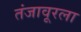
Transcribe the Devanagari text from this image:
तंजावूरला